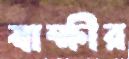
স্বাক্ষীর